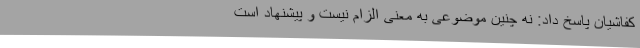
کفاشیان پاسخ داد: نه چنین موضوعی به معنی الزام نیست و پیشنهاد است